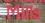
mills